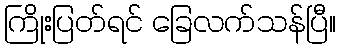
ကြိုးပြတ်ရင် ခြေလက်သန်ပြီ။